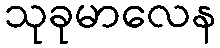
သုခုမာလေန